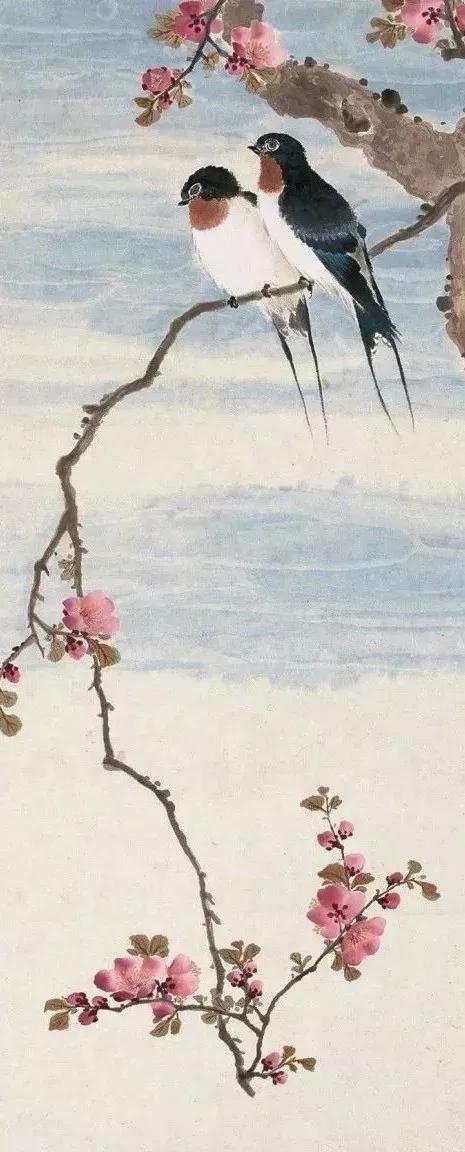
蜂儿不解知人苦，燕儿不解说人愁。